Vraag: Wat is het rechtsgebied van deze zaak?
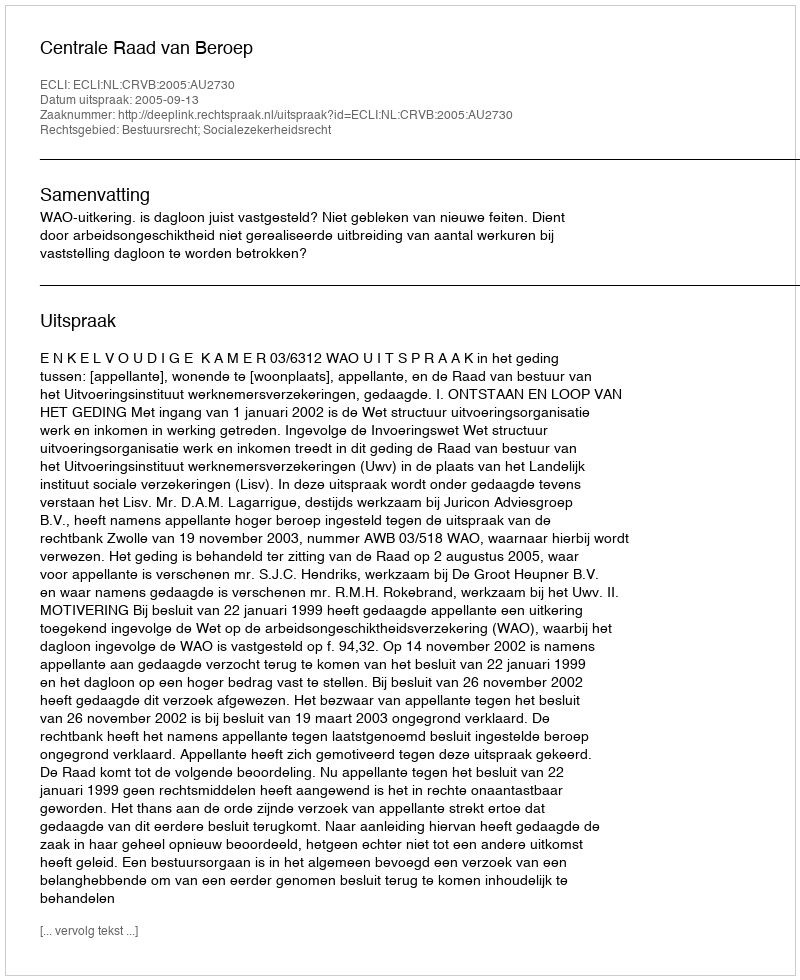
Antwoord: Bestuursrecht; Socialezekerheidsrecht